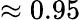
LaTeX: \approx 0.95